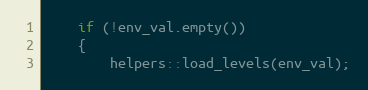
Language: C
    if (!env_val.empty())
    {
        helpers::load_levels(env_val);